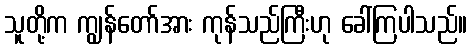
သူတို့က ကျွန်တော်အား ကုန်သည်ကြီးဟု ခေါ်ကြပါသည်။